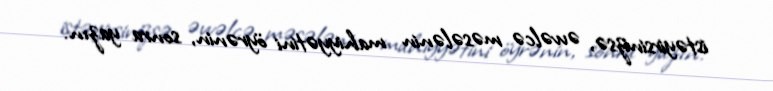
istəyirsinizsə, əvvəlcə məsələnin mahiyyətini öyrənin, sonra yazın.